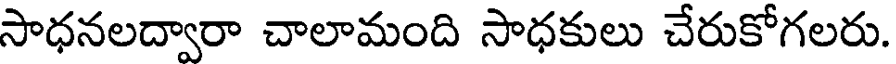
సాధనలద్వారా చాలామంది సాధకులు చేరుకోగలరు.